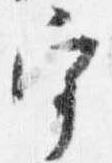
宰